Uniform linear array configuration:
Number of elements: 32
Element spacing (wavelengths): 1
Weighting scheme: exponential
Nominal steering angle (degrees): -30
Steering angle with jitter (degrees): -31.697
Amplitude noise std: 0.05
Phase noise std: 0.05

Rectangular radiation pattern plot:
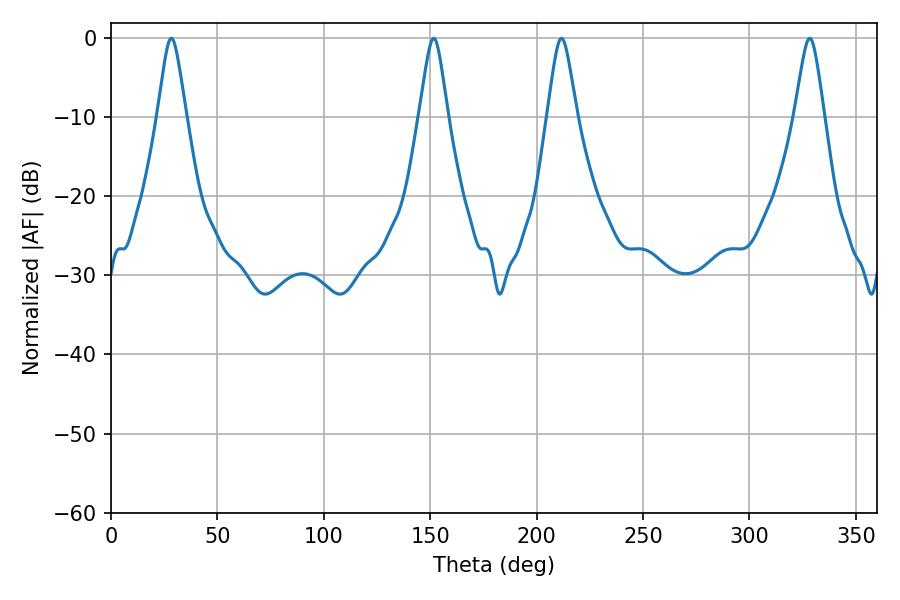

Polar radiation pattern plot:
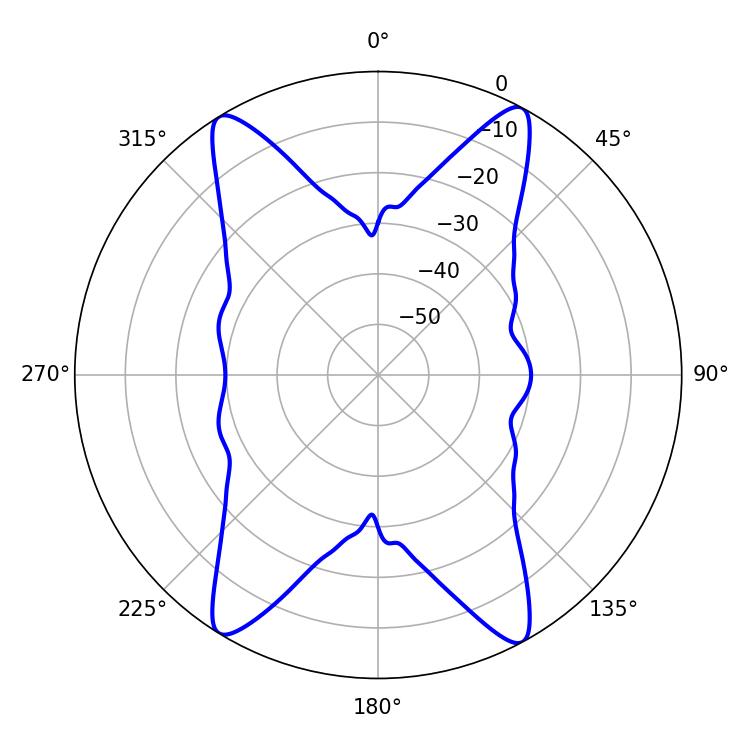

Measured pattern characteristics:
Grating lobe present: TRUE
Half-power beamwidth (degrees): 6.66
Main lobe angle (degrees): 211.68